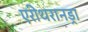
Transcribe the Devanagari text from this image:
एरीथरानड्रा